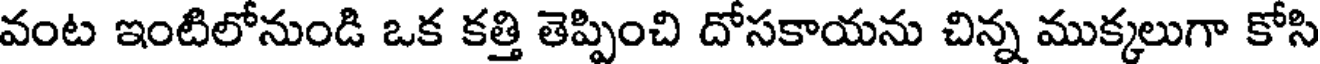
వంట ఇంటిలోనుండి ఒక కత్తి తెప్పించి దోసకాయను చిన్న ముక్కలుగా కోసి